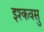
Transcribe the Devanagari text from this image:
इश्कवसु